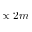
\propto 2 m